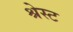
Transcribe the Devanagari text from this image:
श्रेस्ट